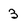
Character: 3